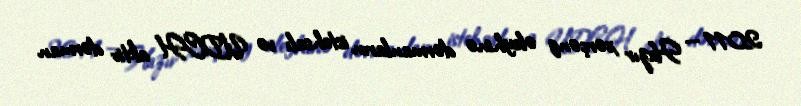
2011 — Hazır xərçəng əleyhinə dərmanların istehsalı və UDCH aktiv dərman